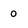
Character: 0